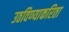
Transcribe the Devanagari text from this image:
उठविण्याकरिता